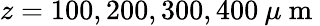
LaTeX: z=100,200,300,400\: \mu\mathrm{~m~}